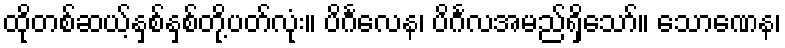
ထိုတစ်ဆယ့်နှစ်နှစ်တို့ပတ်လုံး။ ပိင်္ဂလေန၊ ပိင်္ဂလအမည်ရှိသော်။ သောဏေန၊